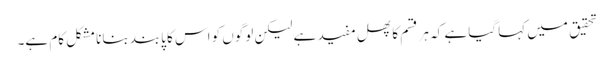
تحقیق میں کہا گیا ہے کہ ہر قسم کا پھل مفید ہے لیکن لوگوں کو اس کا پابند بنانا مشکل کام ہے۔